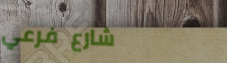
شارع فرعي